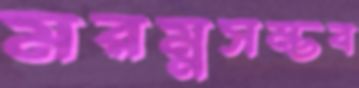
মরম্নসম্ভব